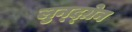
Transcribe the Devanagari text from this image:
लुन्द्ग्रेन